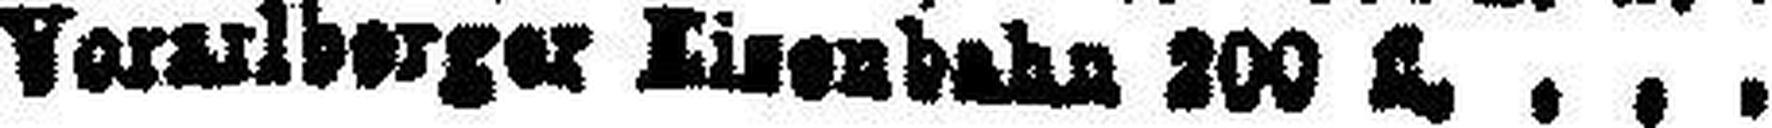
Vor###lberger Eisenbahn 200 fl.